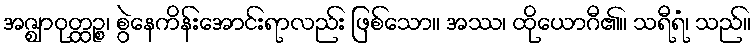
အဇ္ဈာဝုတ္ထဉ္စ၊ စွဲနေကိန်းအောင်းရာလည်း ဖြစ်သော။ အဿ၊ ထိုယောဂီ၏။ သရီရံ၊ သည်။